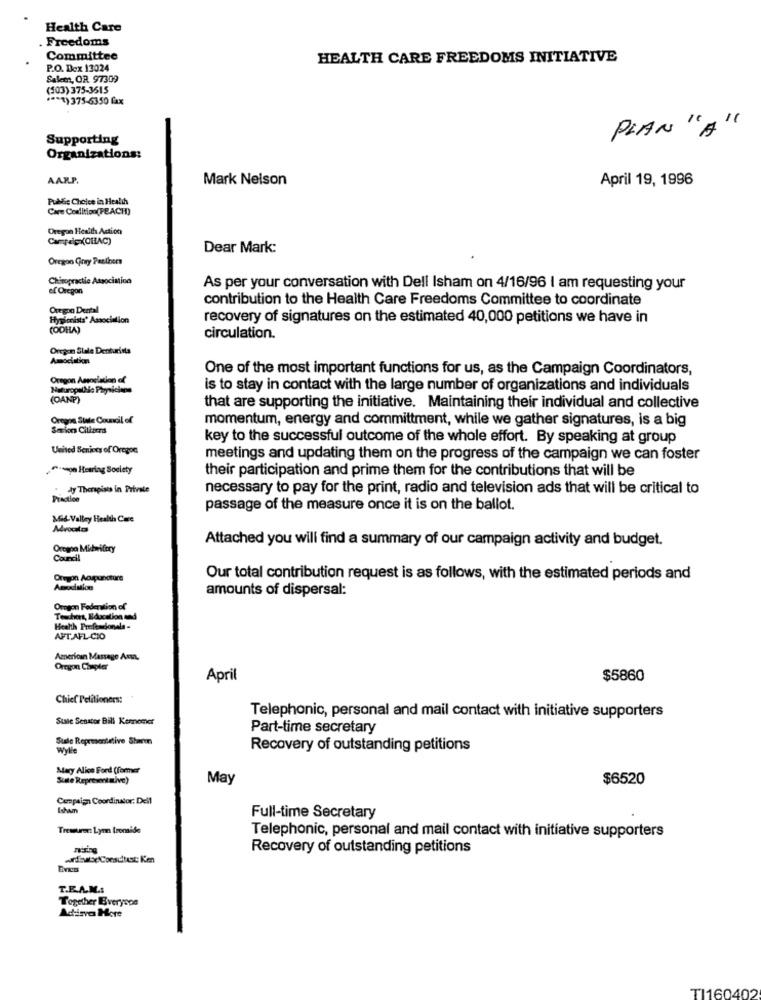
Health Care
Freedoms
Committee
HEALTH CARE FREEDOMS INITIATIVE
P.O. Dex 13024
Salem, OR 97309
(503) 375-3615
**** ) 375-6350 fax
PLAN "A"
Supporting
Organizations:
AARP.
Mark Nelson
April 19, 1996
Public Choice in Health
Care Coalition(PEACH)
Oregon Hesith Action
Campaig(OFAC)
Dear Mark:
Oregon Gray Panthers
Chiropractie Association
ef Oregon
As per your conversation with Dell Isham on 4/16/96 I am requesting your
contribution to the Health Care Freedoms Committee to coordinate
Oregon Dental
Hygienists' Association
recovery of signatures on the estimated 40,000 petitions we have in
(ODHA)
circulation.
Oregon Slale Denturista
Amociation
One of the most important functions for us, as the Campaign Coordinators,
Oregon Asenelation of
is to stay in contact with the large number of organizations and individuals
(OANP)
that are supporting the initiative. Maintaining their individual and collective
Oregon Stale Council of
momentum, energy and committment, while we gather signatures, is a big
Serions Ciliacrs
key to the successful outcome of the whole effort. By speaking at group
United Senices of Oregon
meetings and updating them on the progress of the campaign we can foster
-segn Hearing Society
their participation and prime them for the contributions that will be
"dy Therapists in Private
necessary to pay for the print, radio and television ads that will be critical to
Prisation
passage of the measure once it is on the ballot.
Mas-Valley Health Care
Advocios
Attached you will find a summary of our campaign activity and budget.
Oreapo Midwifery
Council
Oregon Acupuncture
Our total contribution request is as follows, with the estimated periods and
amounts of dispersal:
Oregon Federation of
Teuchert, Education and
Health Prefendonals -
AFT AFL-CIO
American Massage Ana,
Oregon Chapter
April
$5860
Chief Petitioners:
State Senator Bill Kennemer
Telephonic, personal and mail contact with initiative supporters
Part-time secretary
Stale Representative Sharm
Wylle
Recovery of outstanding petitions
Mary Alice Ford (Former
Suite Represent mive)
May
$6520
Campaign Coordinator: Dell
Isham
Full-time Secretary
Treasurer: Lynn Iromide
Telephonic, personal and mail contact with initiative supporters
Recovery of outstanding petitions
T.E.A.M .:
Together Everyone
Adizva Here
TI160402